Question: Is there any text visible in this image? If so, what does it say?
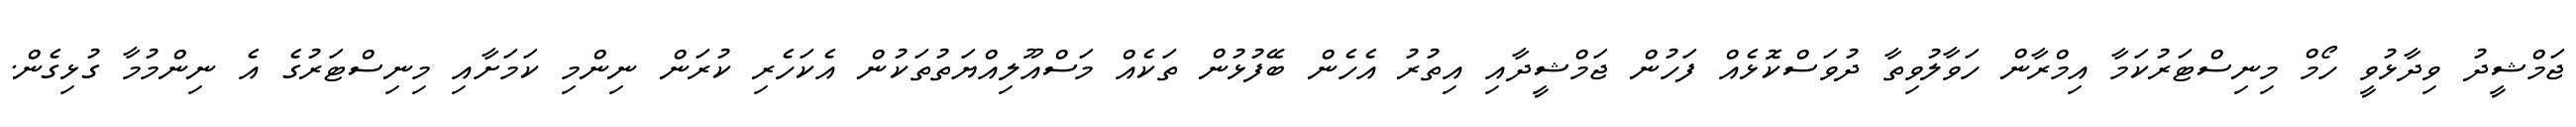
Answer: ޖަމްޝީދު ވިދާޅުވީ ހޯމް މިނިސްޓަރުކަމާ އިމްރާން ހަވާލުވިތާ ދުވަސްކޮޅެއް ފަހުން ޖަމްޝީދާއި އިތުރު އެހެން ބޭފުޅުން ތަކެއް މަސްއޫލިއްޔަތުތަކުން އެކަހެރި ކުރަން ނިންމި ކަމަށާއި މިނިސްޓަރުގެ އެ ނިންމުމާ ގުޅިގެން.